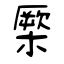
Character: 橜